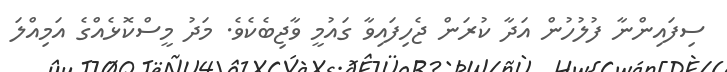
ސިފައިންނާ ފުލުހުން އަދާ ކުރަން ޖެހިފައިވާ ގައުމީ ވާޖިބެކެވެ. މަދު މީސްކޮޅެއްގެ އަމިއްލަ